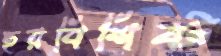
হরবিশিষ্ট